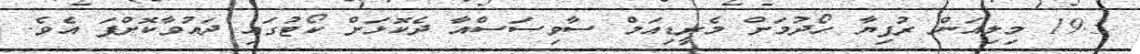
19.3 މިލިއަން ރުފިޔާ ހޯދުމަށް މެރީޑިއަމް ސާވިސަސްއާ ދެކޮޅަށް ކޯޓުގައި ދައުވާކޮށްފަ އެވެ.